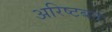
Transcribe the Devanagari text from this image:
अरिष्टबन